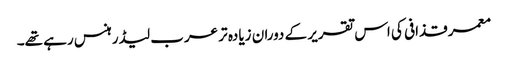
معمر قذافی کی اس تقریر کے دوران زیادہ تر عرب لیڈر ہنس رہے تھے۔